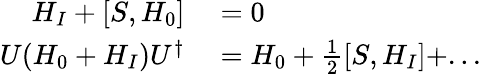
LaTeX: \begin{array}{rl}{H_{I}+[S,H_{0}]}&{{}=0}\\ {U(H_{0}+H_{I})U^{\dagger}}&{{}=H_{0}+\frac{1}{2}[S,H_{I}]+...}\end{array}